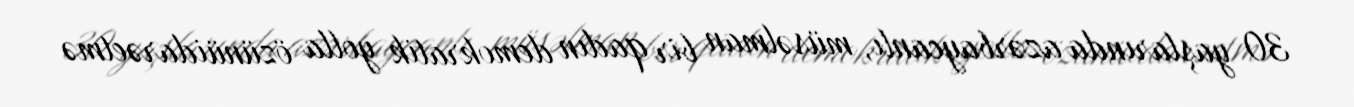
30 yaşlarında azərbaycanlı, müsəlman bir qadın demokratik yolla özünüidarəetmə